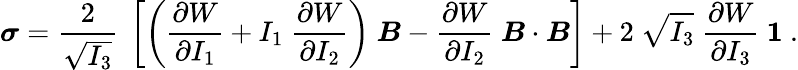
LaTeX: {\boldsymbol{\sigma}}={\frac{2}{\sqrt{I_{3}}}}~\left[\left({\frac{\partial W}{\partial I_{1}}}+I_{1}~{\frac{\partial W}{\partial I_{2}}}\right)~{\boldsymbol{B}}-{\frac{\partial W}{\partial I_{2}}}~{\boldsymbol{B}}\cdot{\boldsymbol{B}}\right]+2~{\sqrt{I_{3}}}~{\frac{\partial W}{\partial I_{3}}}~{\boldsymbol{\mathit{1}}}~.